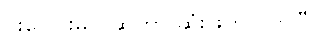
ပူးပေါင်းမယ်ဆိုတာ ဆုံးဖြတ်လိုက်ပြီ။